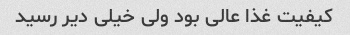
کیفیت غذا عالی بود ولی خیلی دیر رسید